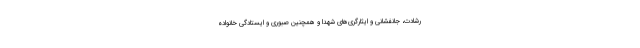
رشادت، جانفشانی و ایثارگری‌های شهدا و همچنین صبوری و ایستادگی خانواده